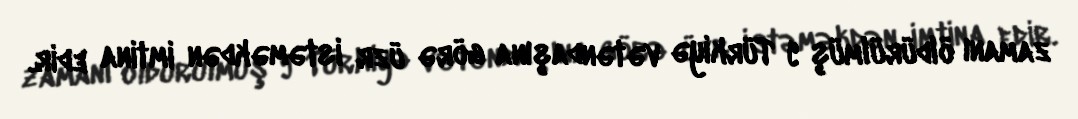
zamanı öldürülmüş 9 Türkiyə vətəndaşına görə üzr istəməkdən imtina edir.